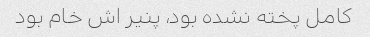
کامل پخته نشده بود، پنیر اش خام بود